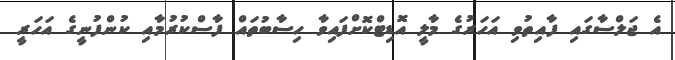
އެ ޖަލްސާގައި ފާއިތުވި އަހަރުގެ މާލީ އޮޑިޓްކޮށްފައިވާ ހިސާބުތައް ފާސްކުރުމާއި ކުންފުނީގެ އަހަރީ